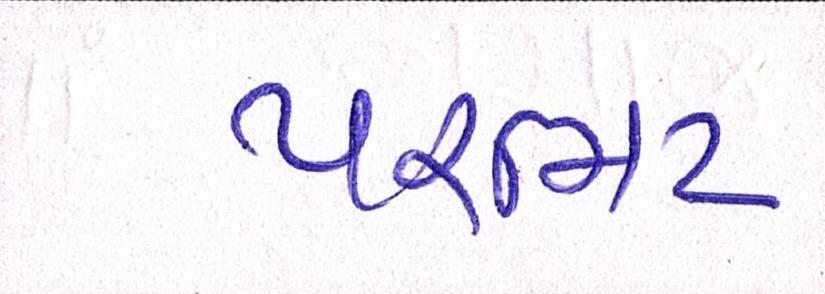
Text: પરમિટ